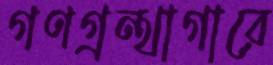
গণগ্রন্থাগারে